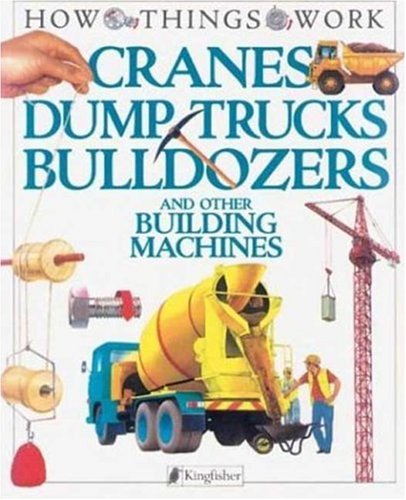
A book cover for Cranes, Dump Trucks, Bulldozers: and Other Building Machines (How Things Work); Terry J. Jennings; Children's Books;